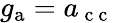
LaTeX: g_{\mathrm{a}}=a_{\mathrm{~c~c~}}